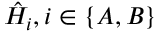
\hat { H } _ { i } , i \in \{ A , B \}